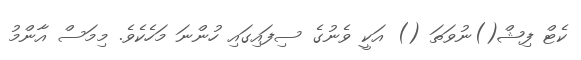
ކެޓް ފިޝް()ނުވަތަ () އަކީ ވެނުގެ ސިފައިގައި ހުންނަ މަހެކެވެ. މިމަސް އާންމު